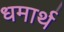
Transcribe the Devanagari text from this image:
धमार्थ